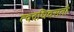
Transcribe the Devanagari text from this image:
त्वदधिवसतौ